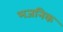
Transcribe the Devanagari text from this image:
भजनिक